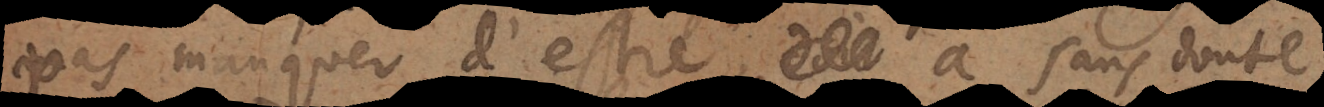
pas manquer d’estre, a sans doute